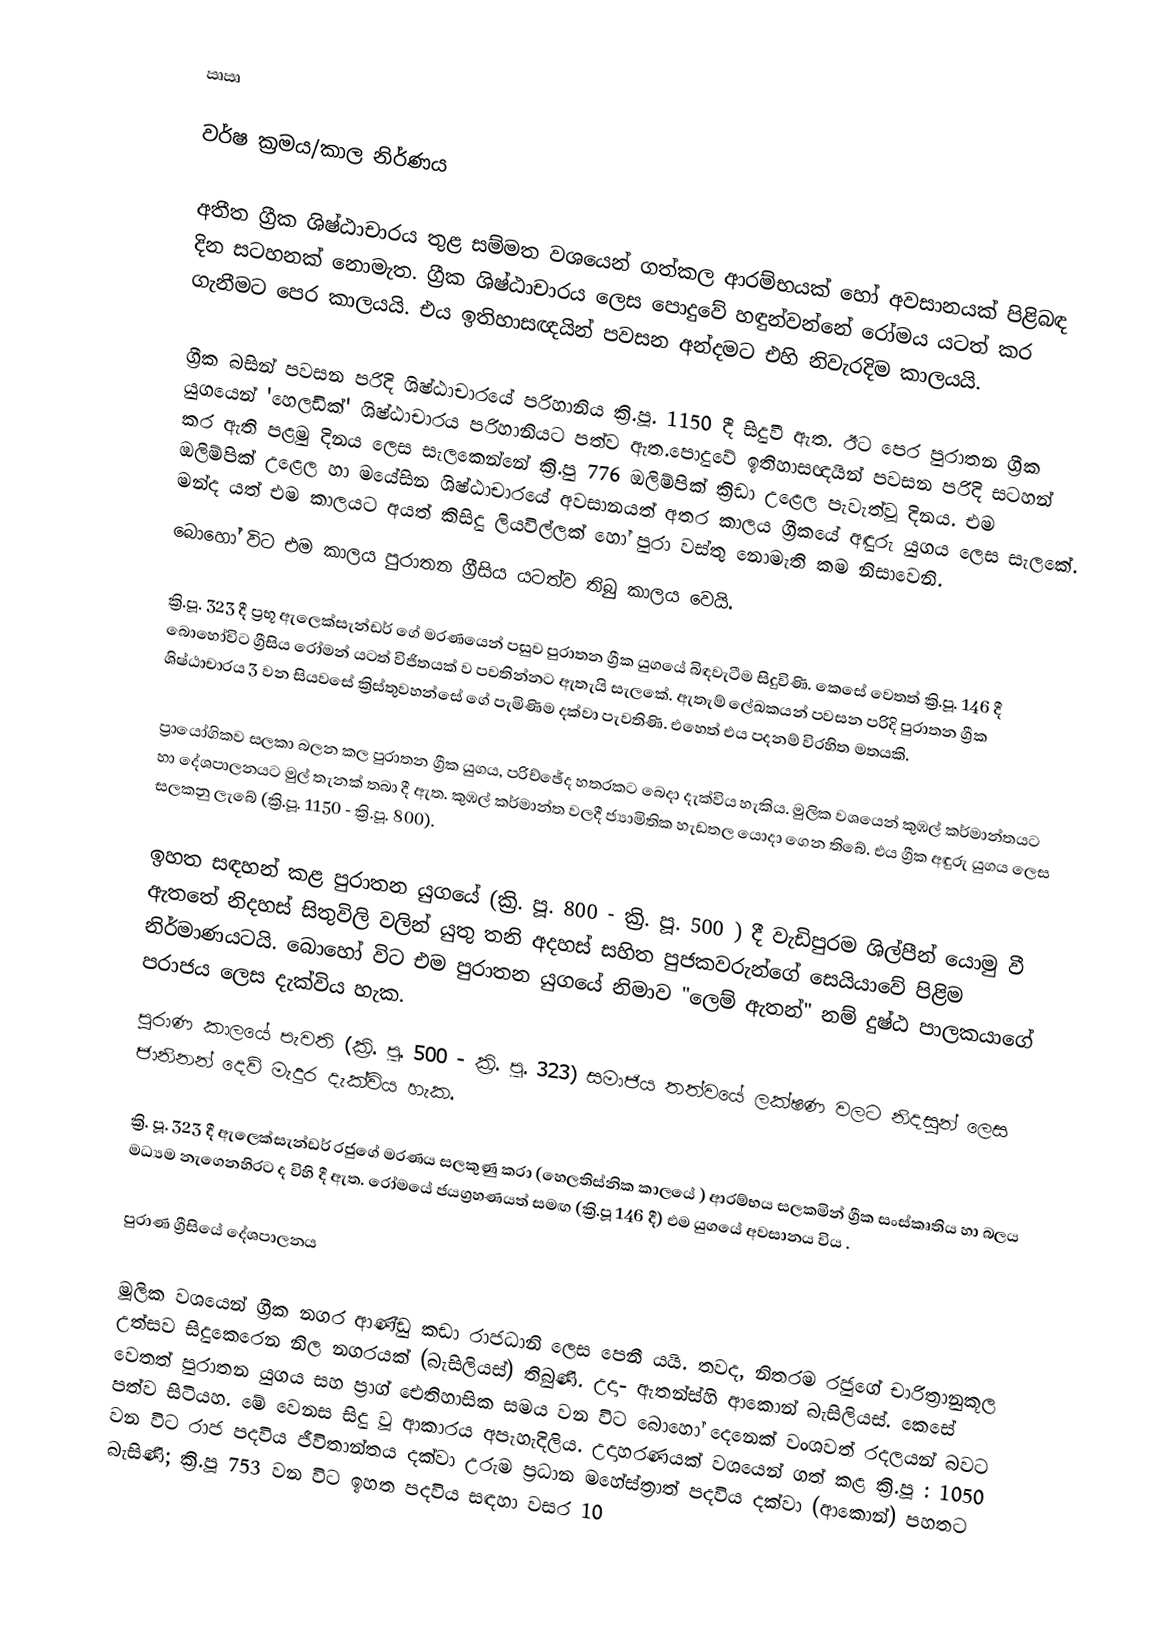
ඍඍ

වර්ෂ ක්‍රමය/කාල නිර්ණය

අතීත ග්‍රීක ශිෂ්ඨාචාරය තුළ සම්මත වශයෙන් ගත්කල ආරම්භයක් හෝ අවසානයක් පිළිබඳ දින සටහනක් නොමැත. ග්‍රීක ශිෂ්ඨාචාරය ලෙස පොදුවේ හඳුන්වන්නේ රෝමය යටත් කර ගැනීමට පෙර කාලයයි. එය ඉතිහාසඥයින් පවසන අන්දමට එහි නිවැරදිම කාලයයි.

ග්‍රීක බසින් පවසන පරිදි  ශිෂ්ඨාචාරයේ පරිහානිය ක්‍රි.පූ.  1150 දී සිදුවී ඇත. ඊට පෙර පුරාතන ග්‍රීක යුගයෙන් 'හෙලඩික්' ශිෂ්ඨාචාරය පරිහානියට පත්ව ඇත.පොදුවේ ඉතිහාසඥයින් පවසන පරිදි සටහන් කර ඇති පළමු දිනය ලෙස සැලකෙන්නේ ක්‍රි.පු 776 ඔලිම්පික් ක්‍රිඩා උළෙල පැවැත්වූ දිනය. එම ඔලිම්පික් උළෙල හා  මයේසින ශිෂ්ඨාචාරයේ අවසානයත් අතර කාලය ග්‍රීකයේ අඳුරු යුගය ලෙස සැලකේ. මන්ද යත් එම  කාලයට අයත් කිසිදු ලියවිල්ලක් හෝ පුරා වස්තු නොමැති කම නිසාවෙනි.
බොහෝ විට එම කාලය පුරාතන ග්‍රීසිය යටත්ව තිබු කාලය වෙයි.

ක්‍රි.පූ. 323 දී ප්‍රභූ ඇලෙක්සැන්ඩර් ගේ මරණයෙන් පසුව පුරාතන ග්‍රීක යුගයේ බිඳවැටීම සිදුවිණි. කෙසේ ‍වෙතත් ක්‍රි.පූ. 146 දී බොහෝවිට ග්‍රීසිය රෝමන් යටත් විජිතයක් ව පවතින්නට ඇතැයි සැලකේ. ඇතැම් ලේඛකයන් පවසන පරිදි පුරාතන ග්‍රීක ශිෂ්ඨාචාරය 3 වන සියවසේ ක්‍රිස්තුවහන්සේ ගේ පැමිණිම දක්වා පැවතිණි. එහෙත් එය පදනම් විරහිත මතයකි.

ප්‍රායෝගිකව සලකා බලන කල පුරාතන ග්‍රීක  යුගය, පරිච්ඡේද  හතරකට බෙදා දැක්විය හැකිය. මුලික වශයෙන් කුඹල් කර්මාන්තයට හා දේශපාලනයට මුල් තැනක් තබා දී ඇත. කුඹල් කර්මාන්ත වලදී ජ්‍යාමිතික හැඩතල යොදා ගෙන තිබේ. එය ග්‍රීක අඳුරු යුගය ලෙස සලකනු ලැබේ (ක්‍රි.පූ. 1150 - ක්‍රි.පූ. 800).

ඉහත සඳහන් කළ පුරාතන යුගයේ (ක්‍රි. පූ. 800 - ක්‍රි. පූ. 500 ) දී වැඩිපුරම ශිල්පීන් යොමු වී ඇතතේ නිදහස් සිතුවිලි වලින් යුතු තනි අදහස් සහිත පුජකවරුන්ගේ සෙයියාවේ පිළිම නිර්මාණයටයි. බොහෝ විට එම පුරාතන යුගයේ නිමාව "ලෙම් ඇතන්" නම් දුෂ්ඨ පාලකයාගේ පරාජය ලෙස දැක්විය හැක.
පුරාණ කාලයේ පැවති (ක්‍රි. පූ. 500 - ක්‍රි. පූ. 323) සමාජිය තත්වයේ ලක්ෂණ වලට නිදසුන් ලෙස ජානිනන් දෙව් මැදුර දැක්විය හැක.

ක්‍රි. පූ. 323 දී ඇලෙක්සැන්ඩර් රජුගේ මරණය සලකුණු කරා (හෙලතිස්නික කාලයේ ) ආරම්භය සලකමින් ග්‍රීක සංස්කෘතිය හා බලය මධ්‍යම නැගෙනහිරට ද විහි දී ඇත.  රෝමයේ ජයග්‍රහණයත් සමඟ (ක්‍රි.පූ 146 දී) එම යුගයේ අවසානය විය .

පුරාණ ග්‍රීසියේ දේශපාලනය

මූලික වශයෙන් ග්‍රීක නගර ආණ්ඩු කඩා රාජධානි ලෙස පෙනී යයි. තවද, නිතරම රජුගේ චාරිත්‍රානුකූල උත්සව සිදුකෙරෙන නිල නගරයක් (බැසිලියස්) තිබුණි. උදා- ඇතන්ස්හි ආකොන් බැසිලියස්. කෙසේ වෙතත් පුරාතන යුගය සහ ප්‍රාග් ඓතිහාසික සමය වන විට බොහෝ දෙනෙක් වංශවත් රදලයන් බවට පත්ව සිටියහ. මේ වෙනස සිදු වූ ආකාරය අපැහැදිලිය. උදාහරණයක් වශයෙන් ගත් කළ ක්‍රි.පූ : 1050 වන විට රාජ පදවිය ජීවිතාන්තය දක්වා උරුම ප්‍රධාන මහේස්ත්‍රාත් පදවිය දක්වා (ආකොන්) පහතට බැසිණි; ක්‍රි.පූ 753 වන විට ඉහත පදවිය සඳහා වසර 10